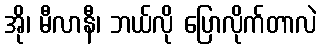
အို၊ မီလာနီ၊ ဘယ်လို ပြောလိုက်တာလဲ